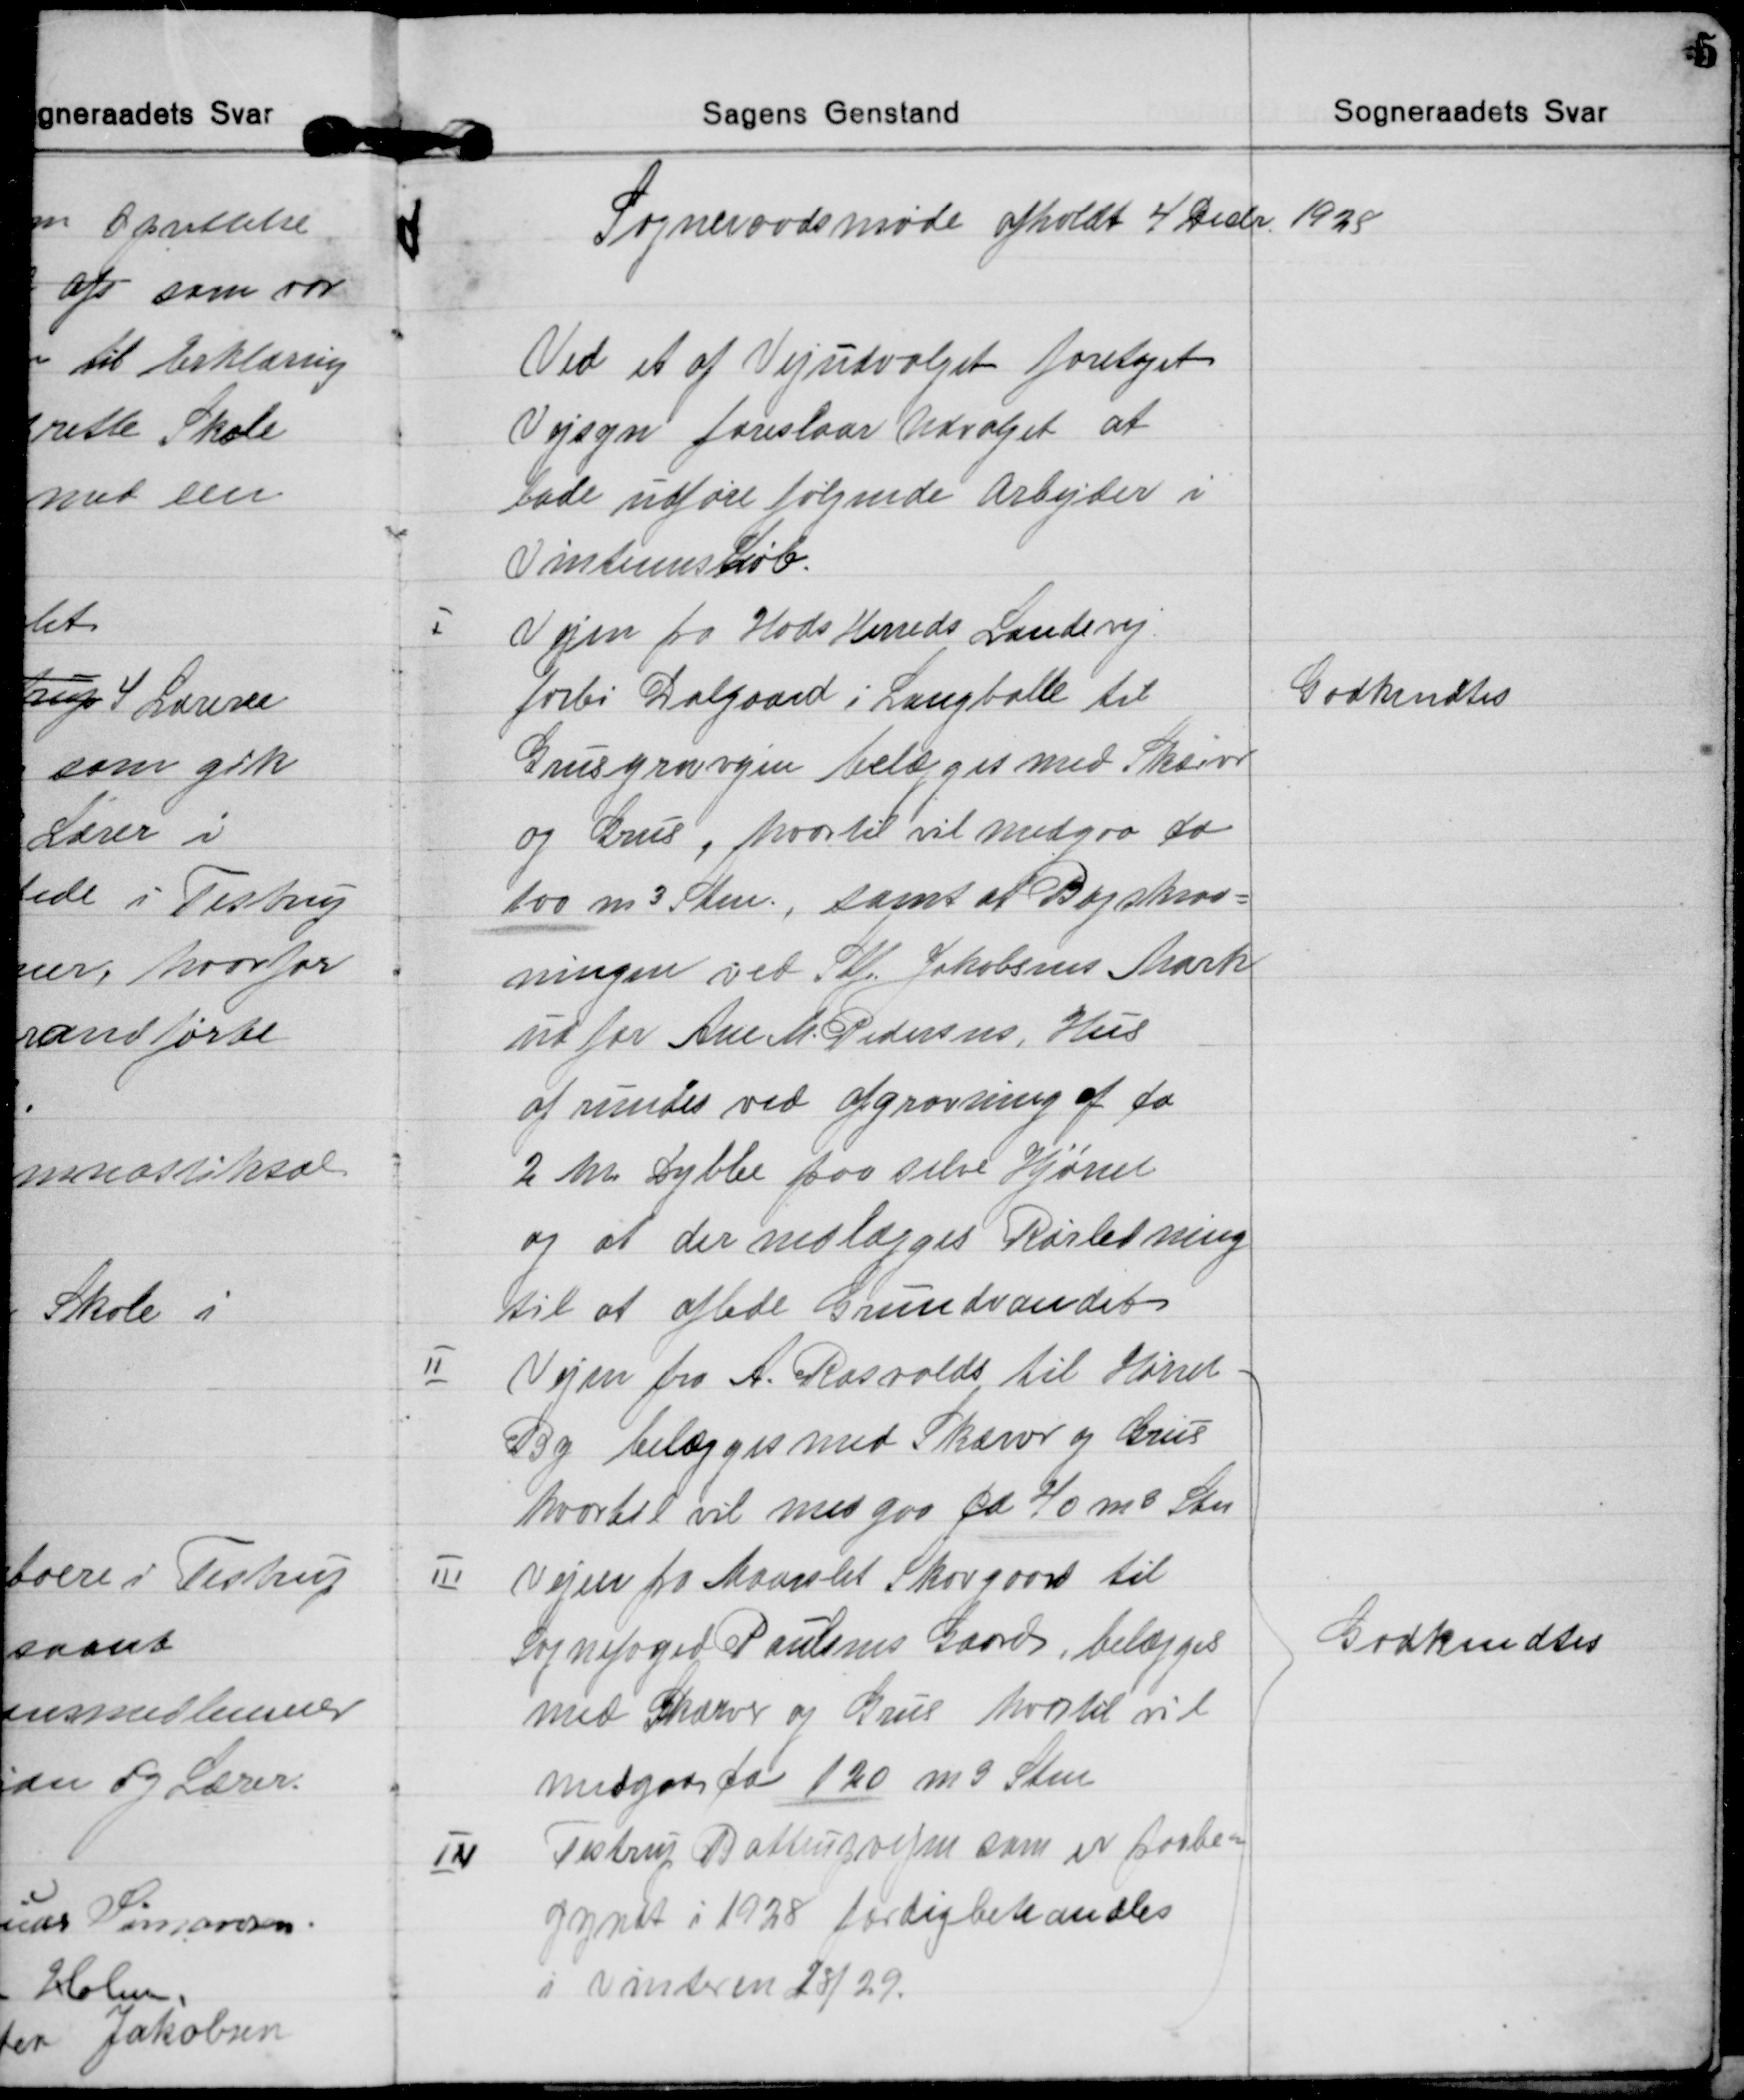
Transskription:
Sogneraadsmøde afholdt 4 Decbr. 1928